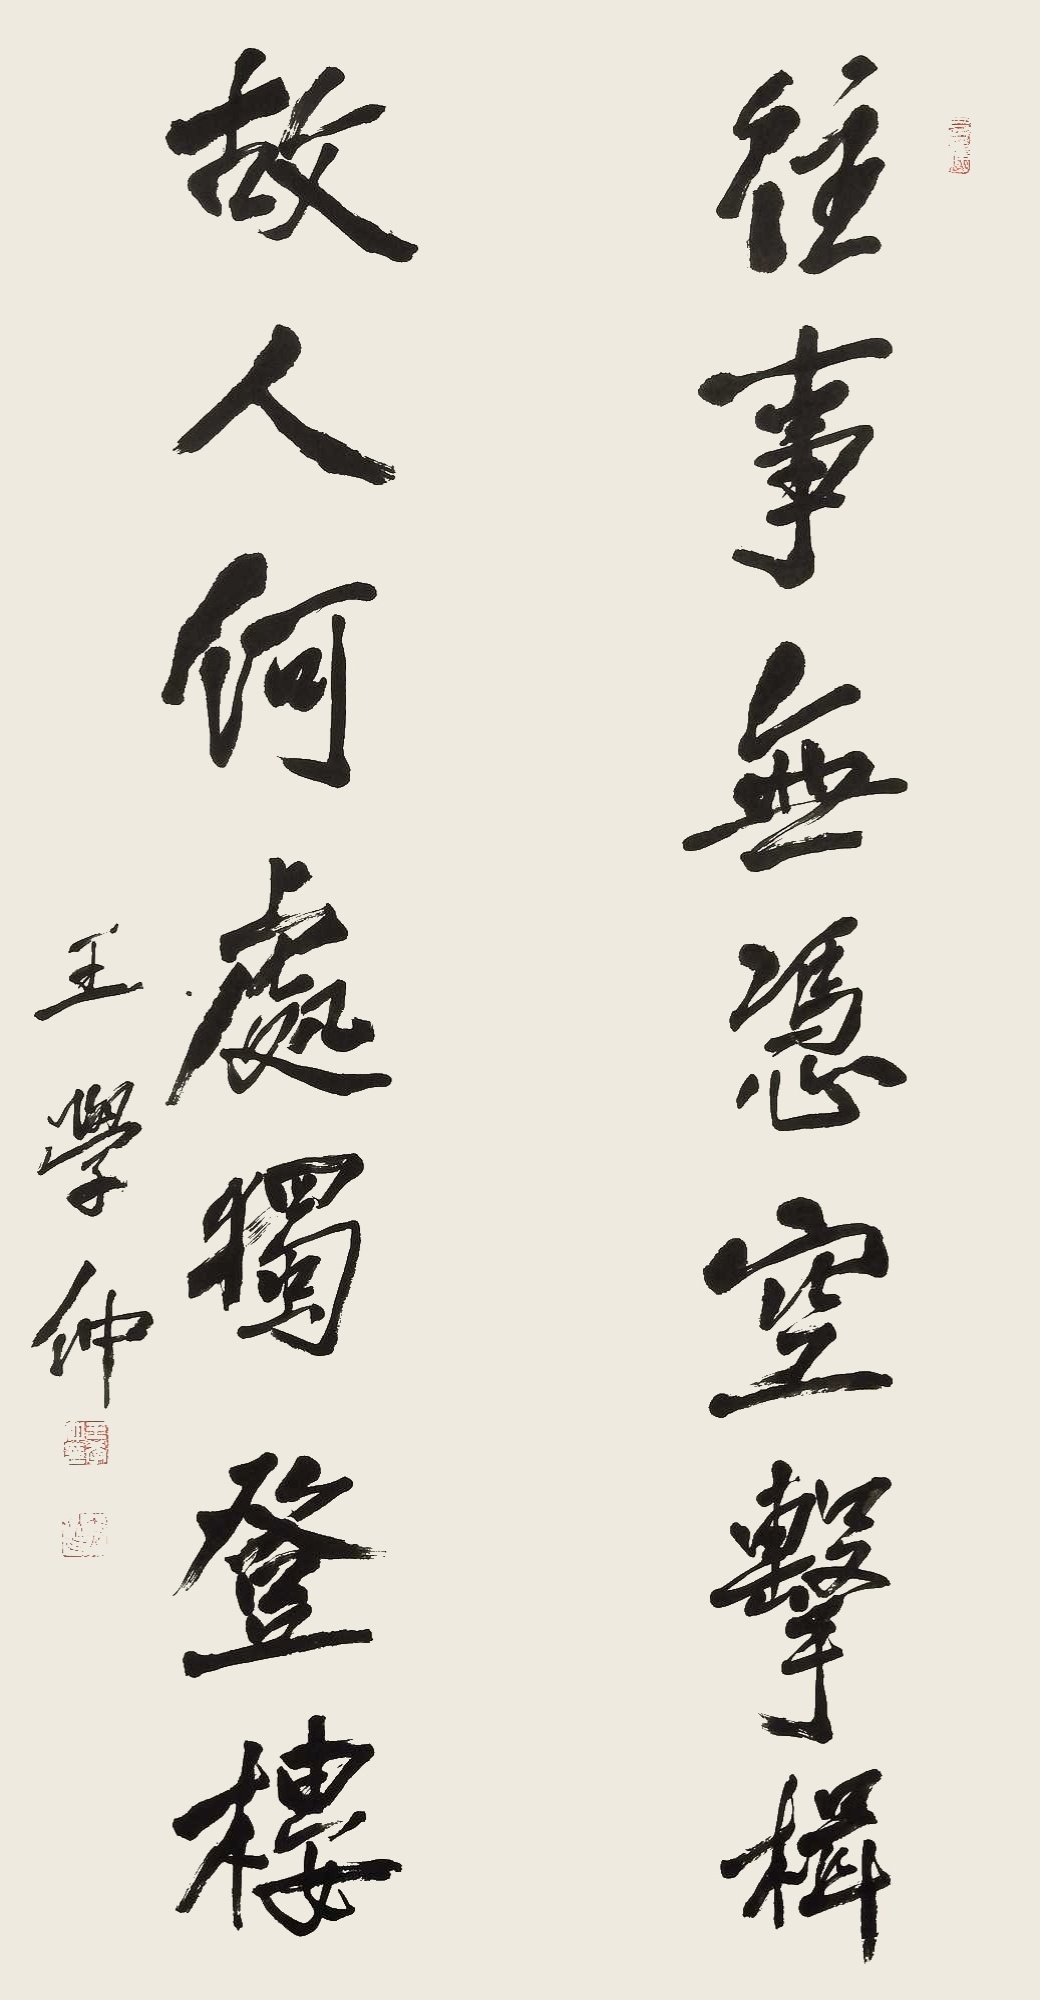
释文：往事无凭空击楫，故人何处独登楼。王学仲。